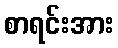
စာရင်းအား